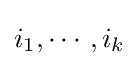
i_{1},\cdots ,i_{k}